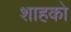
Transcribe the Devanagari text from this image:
शाहको